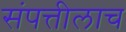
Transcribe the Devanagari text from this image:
संपत्तीलाच